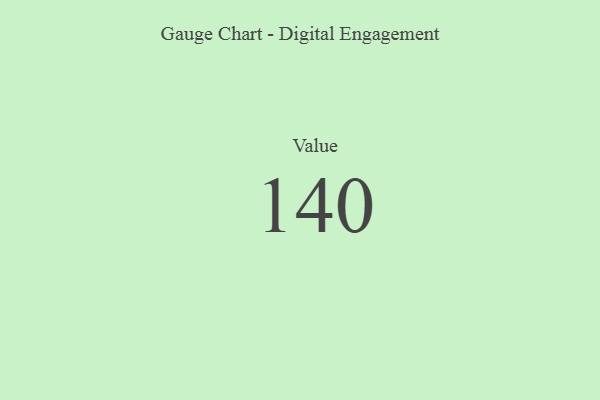
{"axis": {"x": "Metric", "y": "Value"}, "legend": [""], "data": [{"x": "Value", "y": 140, "type": ""}]}